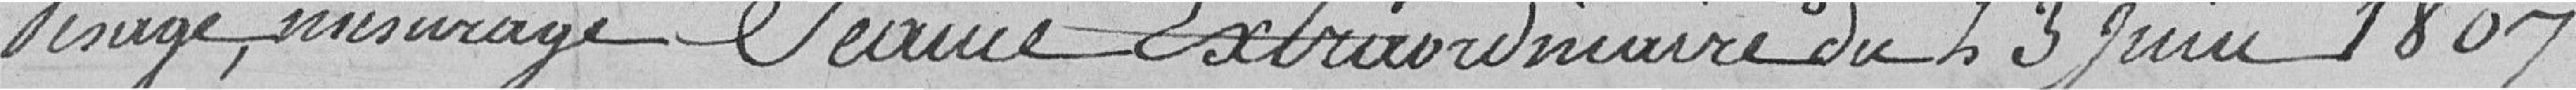
Pesage, mesurage       Séance Extraordinaire du 23 Juin 1807 .